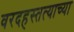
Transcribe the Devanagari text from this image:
वरदहस्तत्याच्या